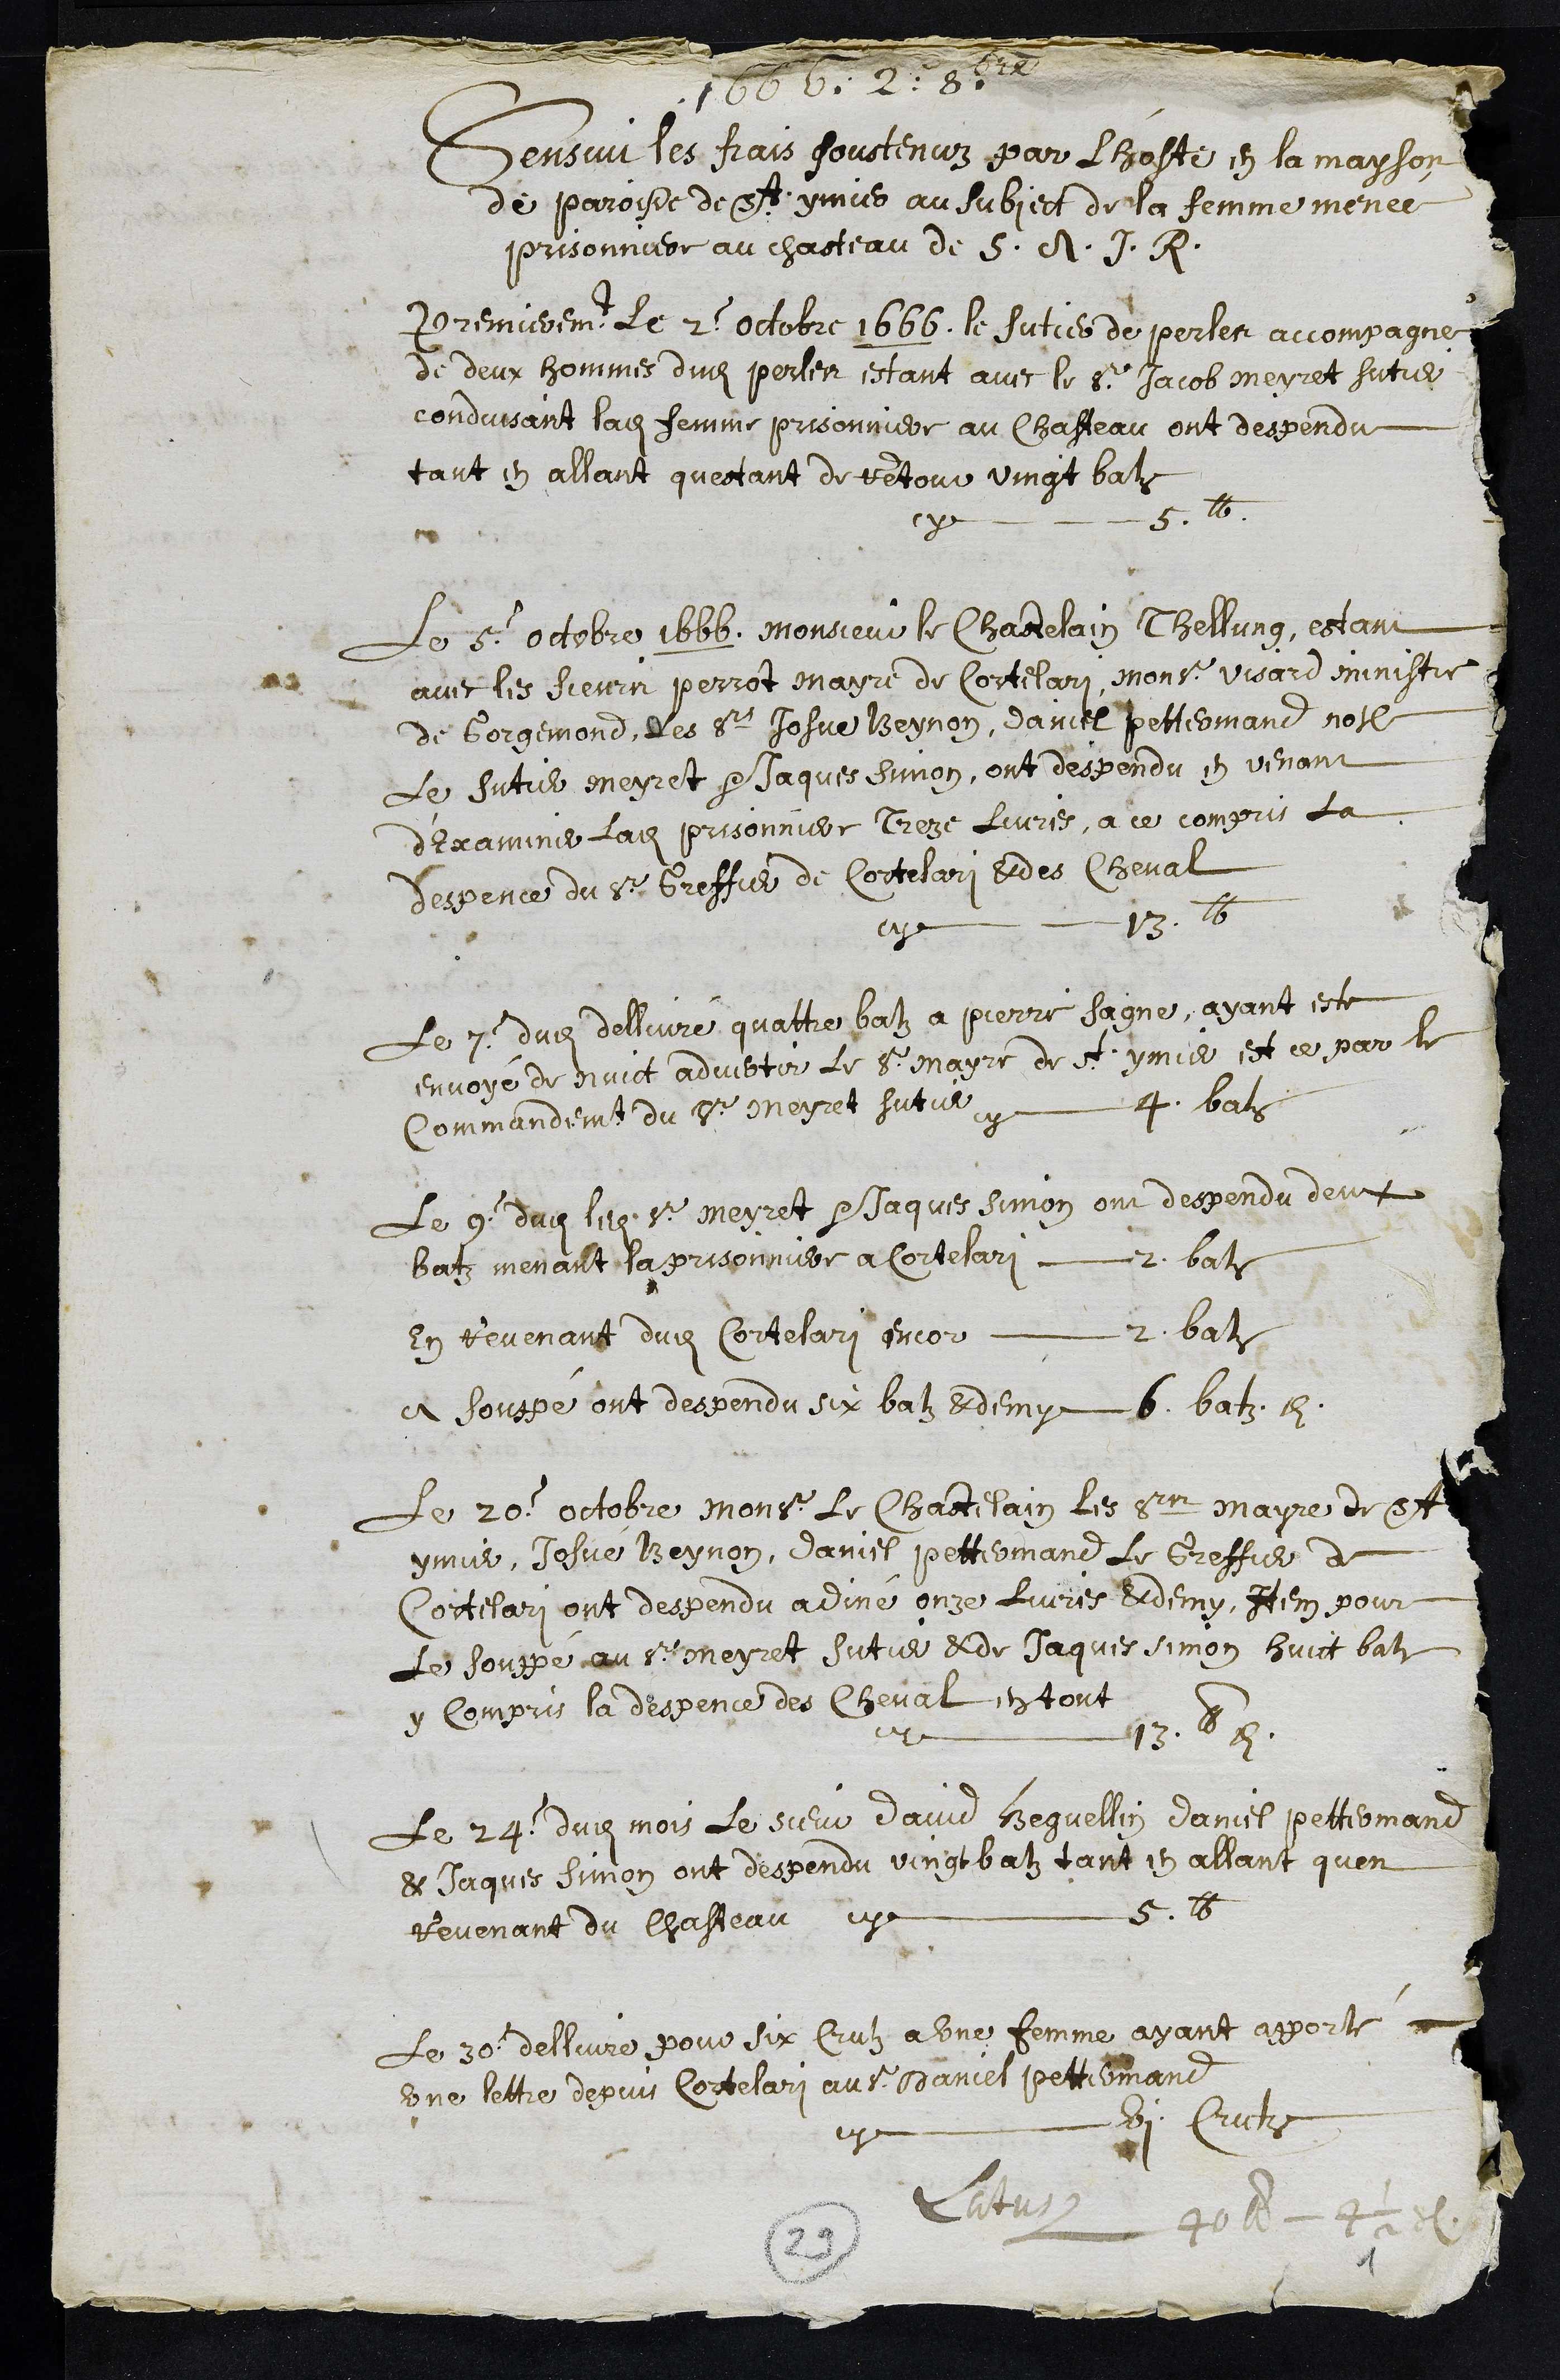
1666. 2e 8bre
Sensui les frais soustenuz par lhoste en la mayson
de paroisse de St ymier au subject de la femme menée
prisonniere au chasteau de S. A. I. R.
Premierement Le 2 octobre 1666. le sutier de perles accompagne
de deux hommes dudit perles, estant avec le sr Jacob Meyret sutier
conduisant ladite femme prisonniere au Chasteau ont despendu
tant en allant questant de retour vingt batz
cy 5. lb
Le 5 octobre 1666 Monsieur le Chastelain Thellung, estant
avec les sieurs Perrot Mayre de Cortelari, monsr Visard ministre
de Corgemond, Les srs Josue Beynon, Daniel Pettermand notaire
Le sutier meyret et Jaques Simon, ont despendu en venant
d'Examiner ladite prisonniere Treze livres, a ce compris la
despence du sr Greffier de Cortelari & des cheval
cy 13 lb
Le 7 dudit dellivré quatte batz a Pierre Saigne, ayant este
envoyé de nuict advertir Le sr Mayre de St ymier, et ce par le
Commandement du sr meyret sutier cy 4 batz
Le 9 dudit ledit sr meyret et Jaques simon ont despendu deux
batz menant la prisonniere a Cortelari 2 batz
En revenant dudit Cortelari encor 2 batz
a souppé ont despendu six batz & demy 6. batz. et demi
Le 20 octobre Monsieur le Chastelain les srs Mayre de St
ymier Josué Beynon, Daniel Pettermand le Greffier de
Cortelari ont despendu adiné onze livres & demy, Item pour
le souppé au sr meyret Sutier & de Jaques simon huict batz
y compris la despence des Cheval en tout
cy 13. lb et demi
Le 24 dudit mois le sieur david Beguellin daniel pettermand
& Jaques simon ont despendu vingt batz tant en allant quen
revenant du Chasteau cy 5 lb
Le 30 dellivre pour six crutz a une femme ayant apporté
une lettre depuis Cortelari au sr Daniel Pettermand,
cy VI Crutz
Latus 40 lb - 4 1/2 s.
29
1